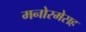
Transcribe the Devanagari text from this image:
मनोरमेसह